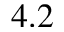
4 . 2